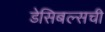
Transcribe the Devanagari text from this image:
डेसिबल्सची